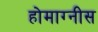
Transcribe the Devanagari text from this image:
होमाग्नीस